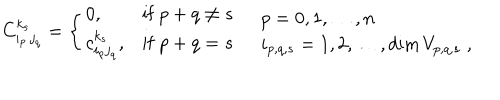
C _ { i _ { p } \, j _ { q } } ^ { k _ { s } } = \left\{ \begin{array} { l l l } { { 0 , } } & { { \mathrm { i f } \ p + q \neq s } } \\ { { c _ { i _ { p } j _ { q } } ^ { k _ { s } } , } } & { { \mathrm { i f } \ p + q = s } } \\ \end{array} \right. \quad \begin{array} { l } { { p = 0 , 1 , \ldots , n } } \\ { { i _ { p , q , s } = 1 , 2 , \ldots , \textrm { d i m } \, V _ { p , q , s } \; , } } \\ \end{array}